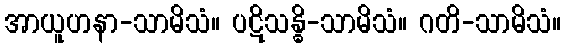
အာယူဟနာ-သာမိသံ။ ပဋိသန္ဓိ-သာမိသံ။ ဂတိ-သာမိသံ။